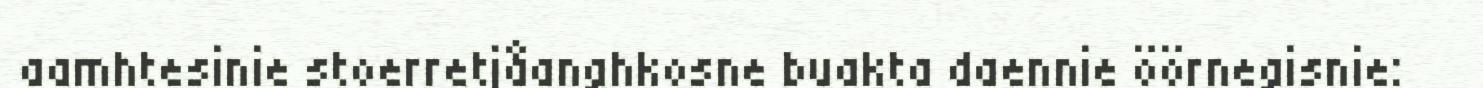
aamhtesinie stoerretjåanghkosne buakta daennie öörnegisnie: